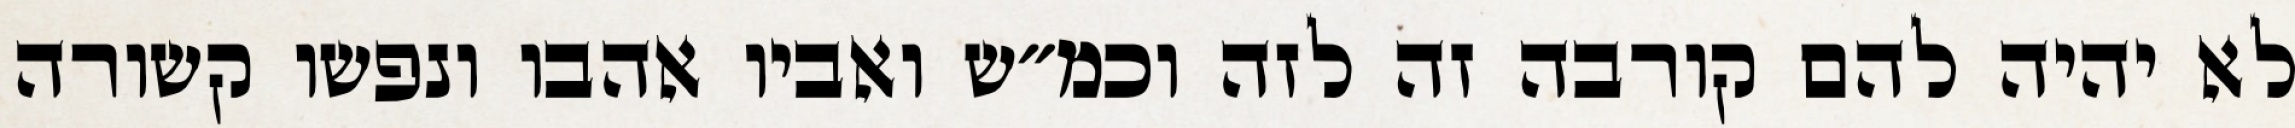
לא יהיה להם קורבה זה לזה וכמ״ש ואביו אהבו ונפשו קשורה